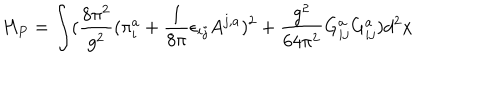
H _ { P } = \int ( \frac { 8 \pi ^ { 2 } } { g ^ { 2 } } ( \pi _ { i } ^ { a } + \frac { 1 } { 8 \pi } \epsilon _ { i j } A ^ { j , a } ) ^ { 2 } + \frac { g ^ { 2 } } { 6 4 \pi ^ { 2 } } G _ { i j } ^ { a } G _ { i j } ^ { a } ) d ^ { 2 } x